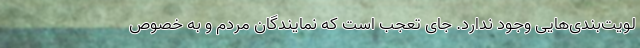
لویت‌‌بندی‌هایی وجود ندارد. جای تعجب است که نمایندگان مردم و به خصوص